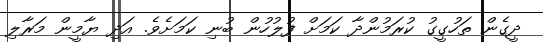
ދީގެން ތަހުގީގު ކުރަމުންދާ ކަމަށް ފުލުހުން ބުނި ކަމަށެވެ. އަދި ޔާމީން މަރާލި